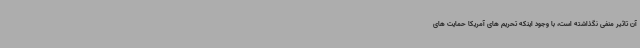
آن تاثیر منفی نگذاشته است، با وجود اینکه تحریم های آمریکا حمایت های